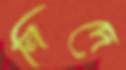
নিদে